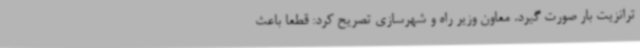
ترانزیت بار صورت گیرد. معاون وزیر راه و شهرسازی تصریح کرد: قطعا باعث